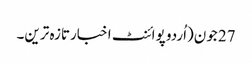
27 جون(اُردو پوائنٹ اخبارتازہ ترین۔